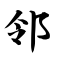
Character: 邻